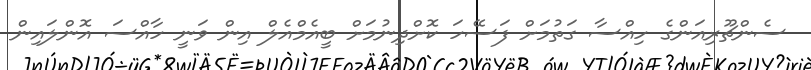
ސެންޗޫރިއަންގެ ހިއްސާ ގަތުމަށް ފަސޭހަ ކޮށްދިނުމަށް ބީއެމްއެލް އިން ވަނީ ހާއްސަ އޮންލައިން